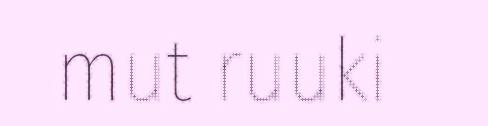
mut ruuki